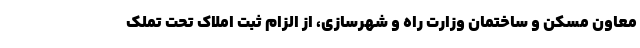
معاون مسکن و ساختمان وزارت راه و شهرسازی، از الزام ثبت املاک تحت تملک